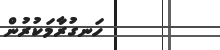
ހަނގުރާމަކުރުން